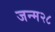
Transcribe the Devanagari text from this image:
जन्म२८